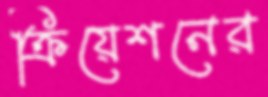
ক্রিয়েশনের